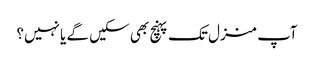
آپ منزل تک پہنچ بھی سکیں گے یا نہیں؟